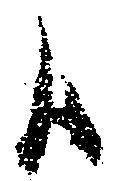
候